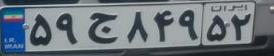
۵۹ج۸۴۹۵۲